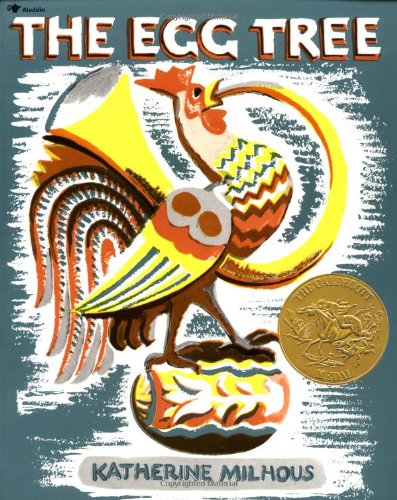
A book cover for The Egg Tree; Katherine Milhous; Children's Books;